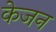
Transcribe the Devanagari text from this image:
केजन